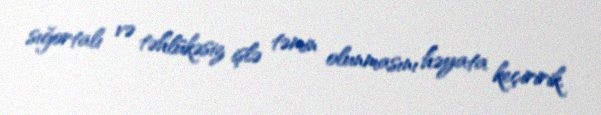
sığortalı və təhlükəsiz işlə təmin olunmasını həyata keçiririk.